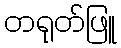
တရုတ်ဖြူ